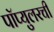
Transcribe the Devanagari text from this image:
पॉप्युलरची